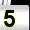
Digit: 5